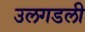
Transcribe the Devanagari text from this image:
उलगडली